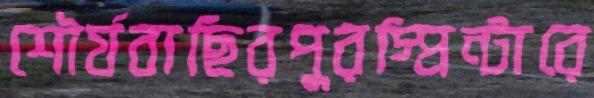
শৌর্যবাছিরপুরস্প্রিন্টারে